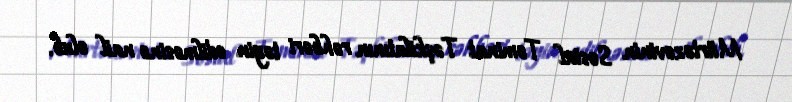
Mürtəzəvinin Sosial Təminat Təşkilatının rəhbəri təyin edilməsinə nail olub.